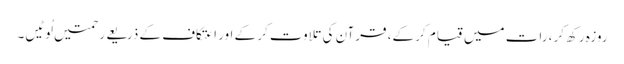
روزہ رکھ کر، رات میں قیام کر کے، قرآن کی تلاوت کر کے اور اعتکاف کے ذریعے رحمتیں لُوٹیں۔